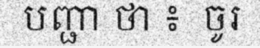
បញ្ជា ថា ៖  ចូរ